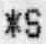
*S